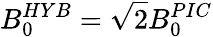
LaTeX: B_{0}^{HYB}=\sqrt{2}B_{0}^{PIC}